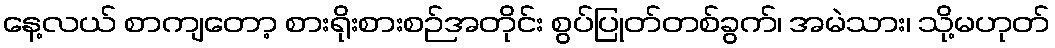
နေ့လယ် စာကျတော့ စားရိုးစားစဉ်အတိုင်း စွပ်ပြုတ်တစ်ခွက်၊ အမဲသား၊ သို့မဟုတ်